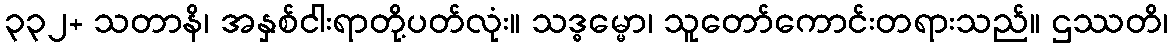
၃၃၂+ သတာနိ၊ အနှစ်ငါးရာတို့ပတ်လုံး။ သဒ္ဓမ္မော၊ သူတော်ကောင်းတရားသည်။ ဌဿတိ၊